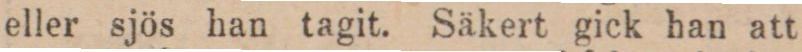
eller sjös han tagit. Säkert gick han att